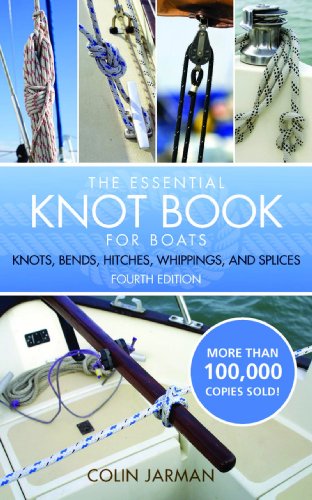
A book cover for The Essential Knot Book; Colin Jarman; Sports & Outdoors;